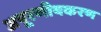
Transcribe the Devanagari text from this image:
अपूरणीयकरण